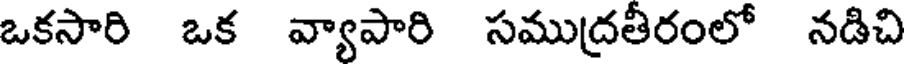
ఒకసారి ఒక వ్యాపారి సముద్రతీరంలో నడిచి